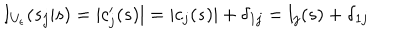
LaTeX: I _ { U _ { \epsilon } } ( s _ { j } | s ) = | c _ { j } ^ { \prime } ( s ) | = | c _ { j } ( s ) | + \delta _ { 1 j } = l _ { j } ( s ) + \delta _ { 1 j }